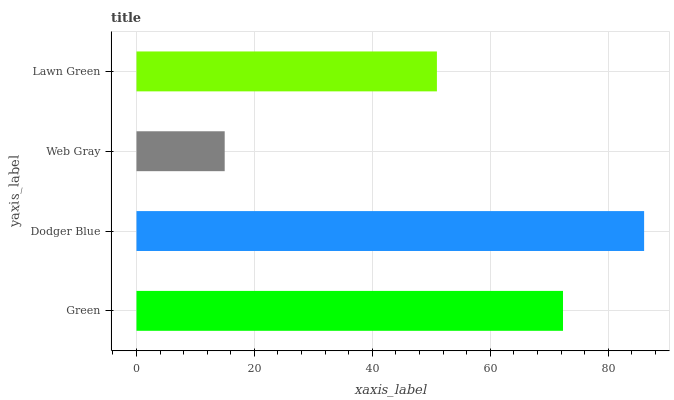
| yaxis_label | bars |
 | --- | --- |
 | Green | 72.3 |
 | Dodger Blue | 86.1 |
 | Web Gray | 15 |
 | Lawn Green | 51 |